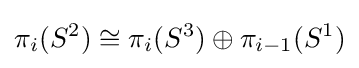
\pi _{i}(S^{2})\cong \pi _{i}(S^{3})\oplus \pi _{i-1}(S^{1})